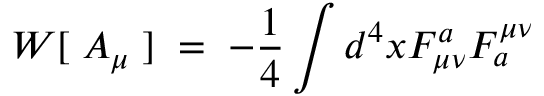
W [ \; A _ { \mu } \; ] \; = \; - \frac { 1 } { 4 } \int d ^ { 4 } x { F _ { \mu \nu } ^ { a } { F _ { a } ^ { \mu \nu } } }